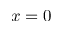
x = 0